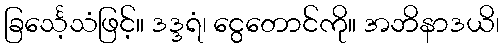
ခြင်္သေ့သံဖြင့်။ ဒဒ္ဒရံ၊ ငွေတောင်ကို။ အဘိနာဒယိ၊